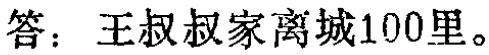
答：王叔叔家离城100里。